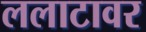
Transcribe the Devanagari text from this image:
ललाटावर